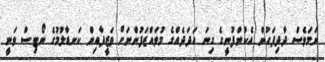
ނަމަވެސް ދާދިފަހުން އެކުންފުނީގެ ގިނަ އަދަދެއްގެ މުވައްޒަފުންނަށް ވަޒީފާއިން ކަނޑާލުމުގެ ނޯޓިސް ވަނީ